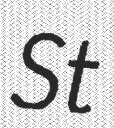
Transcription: St